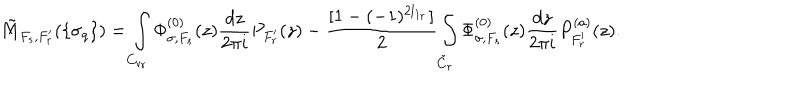
LaTeX: \tilde { M } _ { F _ { s } , F _ { r } ^ { \prime } } ( \{ \sigma _ { q } \} ) = \int _ { C _ { v _ { r } } } \Phi _ { \sigma , F _ { s } } ^ { ( 0 ) } ( z ) \frac { d z } { 2 \pi i } P _ { F _ { r } ^ { \prime } } ( z ) - \frac { [ 1 - ( - 1 ) ^ { 2 l _ { 1 _ { r } } } ] } { 2 } \int _ { \tilde { C } _ { r } } \Phi _ { \sigma , F _ { s } } ^ { ( 0 ) } ( z ) \frac { d z } { 2 \pi i } P _ { F _ { r } ^ { \prime } } ^ { ( a ) } ( z ) .